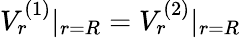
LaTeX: V_{r}^{(1)}\vert_{r=R}=V_{r}^{(2)}\vert_{r=R}